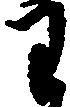
わ